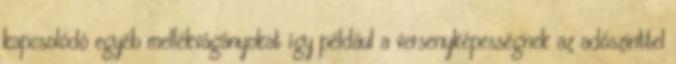
kapcsolódó egyéb mellékvágányokat így például a versenyképességnek az adószinttel